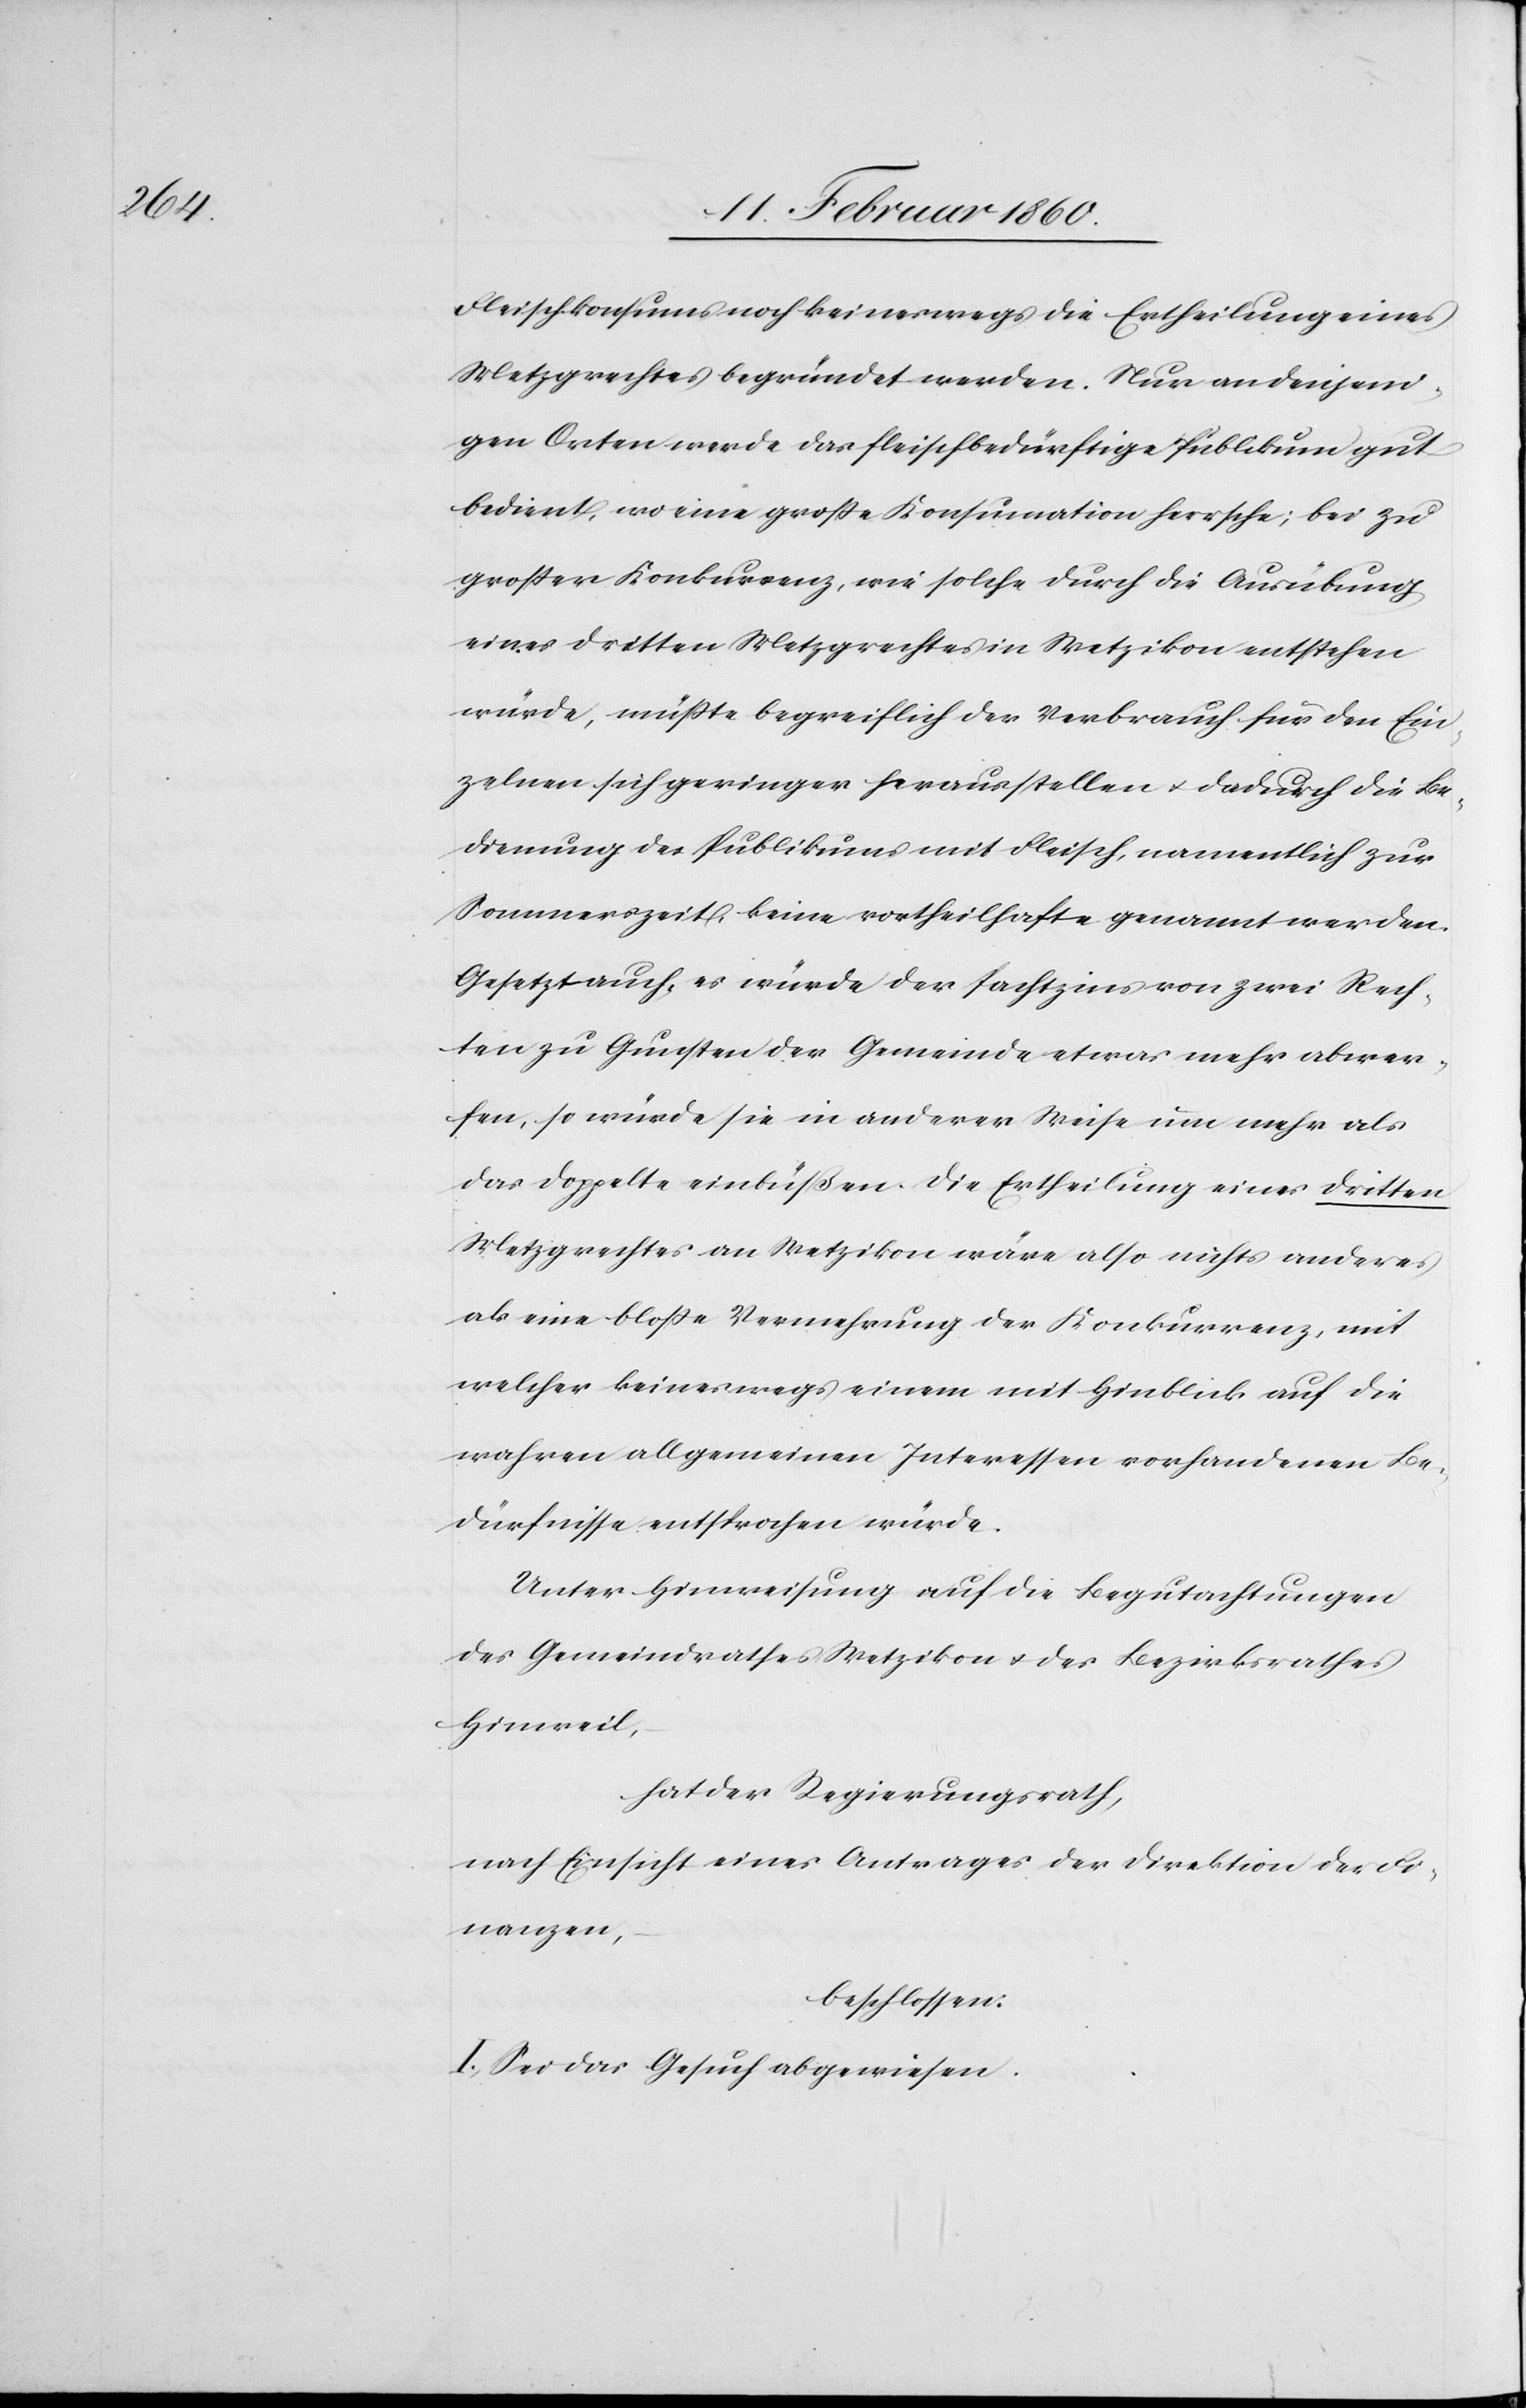
Fleischkonsums noch keineswegs die Ertheilung eines
Metzgrechtes begründet werden. Nur an denjeni¬
gen Orten werde das fleischbedürftige Publikum gut
bedient, wo eine große Konsumation herrsche; bei zu
grosser Konkurrenz, wie solche durch die Ausübung
eines dritten Metzgrechtes in Wetzikon entstehen
würde, müsste begreiflich der Verbrauch für den Ein¬
zelnen sich geringer herausstellen u. dadurch die Be¬
dienung des Publikums mit Fleisch, namentlich zur
Sommerzeit, keine vortheilhafte genannt werden.
Gesetzt auch, es würde der Pachtzins von zwei Rech¬
ten zu Gunsten der Gemeinde etwas mehr abwer¬
fen, so würde sie in anderer Weise um so mehr als
das Doppelte einbüßen. Die Ertheilung eines dritten
Metzgrechtes an Wetzikon wäre also nichts anderes
als eine blosse Vermehrung der Konkurrenz, mit
welcher keineswegs einem mit Hinblick auf die
wahren allgemeinen Interessen vorhandenen Be¬
dürfnisse entsprochen würde.
Unter Hinweisung auf die Begutachtungen
des Gemeindrathes Wetzikon u. des Bezirksrathes
Hinweil,
hat der Regierungsrath,
nach Einsicht eines Antrages der Direktion der Fi¬
nanzen,
beschlossen:
I. Sei das Gesuch abgewiesen.